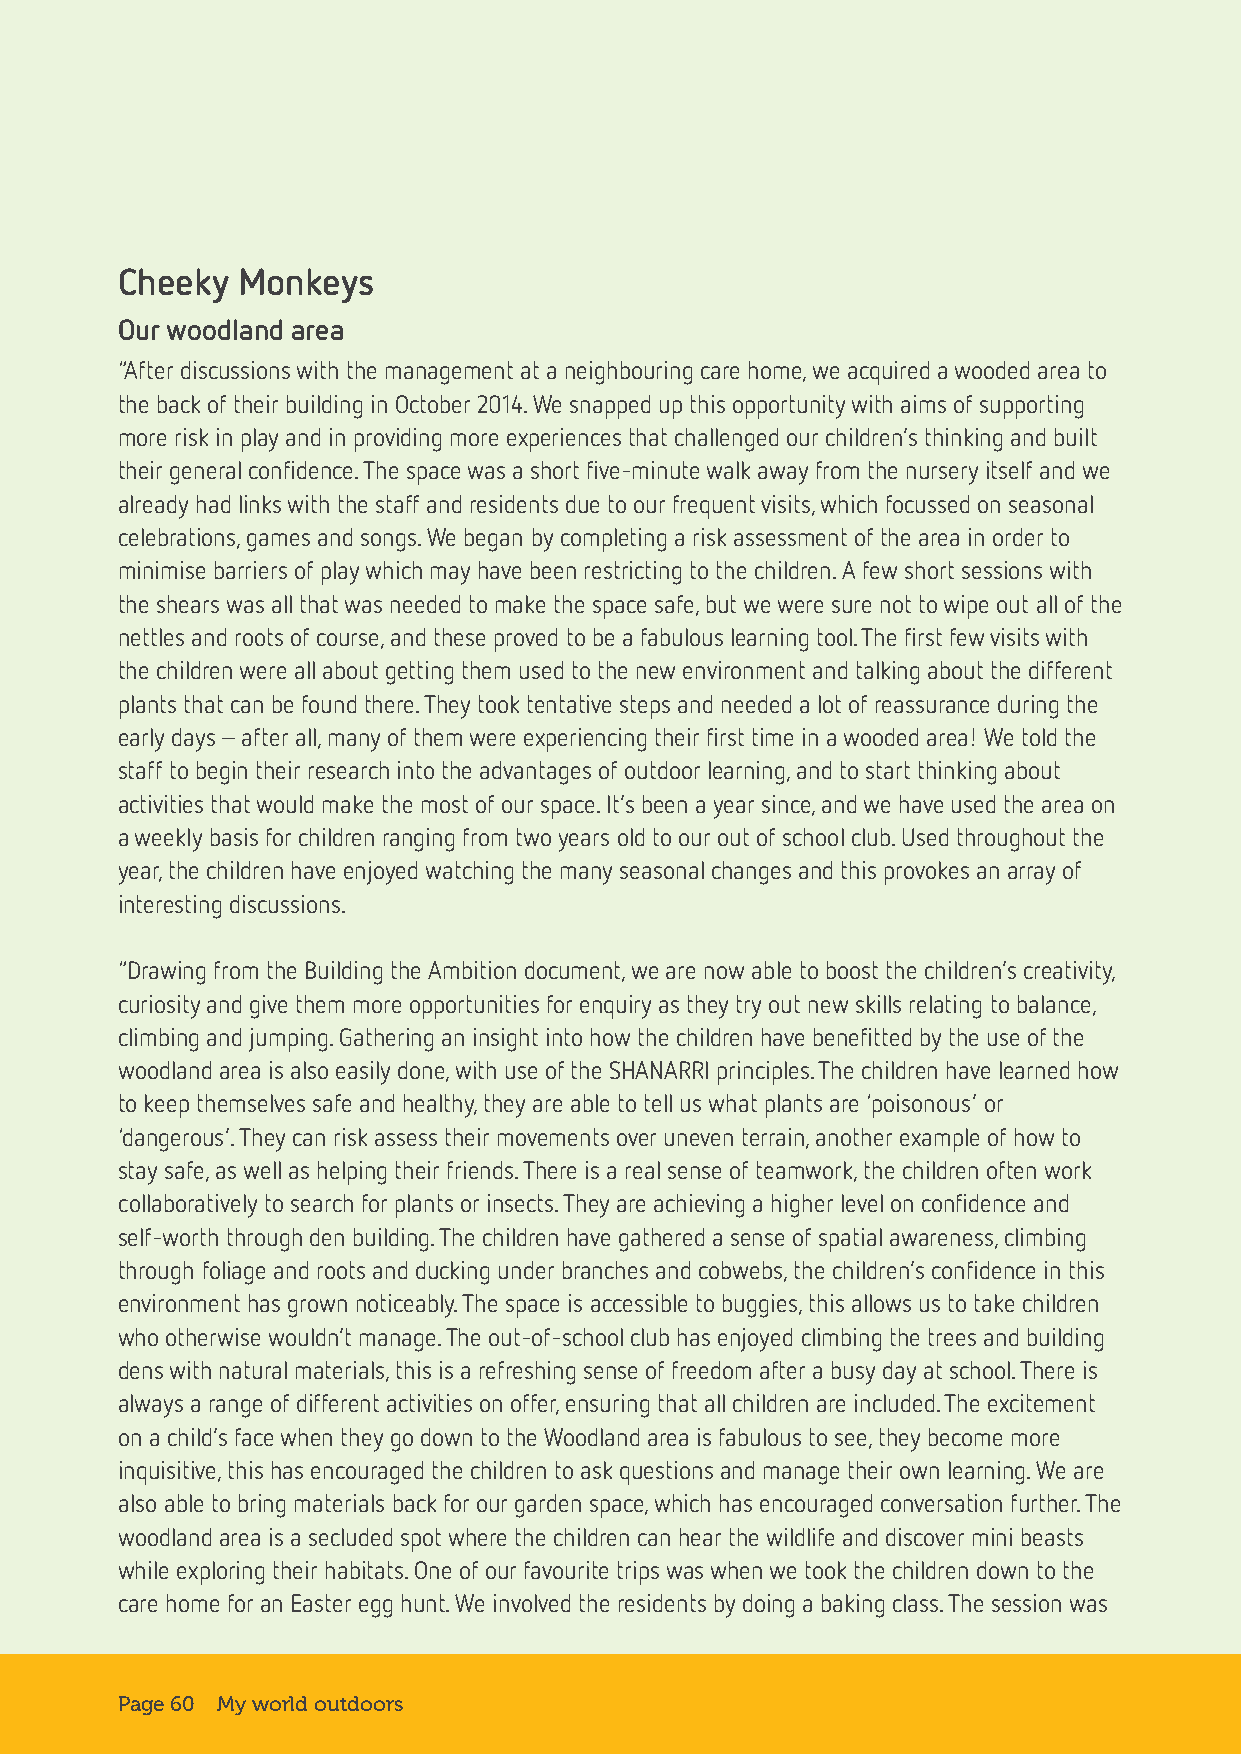
Cheeky  Monkeys
 Our woodland area
 “After discussions with the management at a neighbouring care home, we acquired a wooded area to
 the back of their building in October 2014. We snapped up this opportunity with aims of supporting
 more risk in play and in providing more experiences that challenged our children’s thinking and built
 their general confidence. The space was a short five-minute walk away from the nursery itself and we
 already had links with the staff and residents due to our frequent visits, which focussed on seasonal
 celebrations, games and songs. We began by completing a risk assessment of the area in order to
 minimise barriers of play which may have been restricting to the children. A few short sessions with
 the shears was all that was needed to make the space safe, but we were sure not to wipe out all of the
 nettles and roots of course, and these proved to be a fabulous learning tool. The first few visits with
 the children were all about getting them used to the new environment and talking about the different
 plants that can be found there. They took tentative steps and needed a lot of reassurance during the
 early days – after all, many of them were experiencing their first time in a wooded area! We told the
 staff to begin their research into the advantages of outdoor learning, and to start thinking about
 activities that would make the most of our space. It’s been a year since, and we have used the area on
 a weekly basis for children ranging from two years old to our out of school club. Used throughout the
 year, the children have enjoyed watching the many seasonal changes and this provokes an array of
 interesting discussions.
 “Drawing from the Building the Ambition document, we are now able to boost the children’s creativity,
 curiosity and give them more opportunities for enquiry as they try out new skills relating to balance,
 climbing and jumping. Gathering an insight into how the children have benefitted by the use of the
 woodland area is also easily done, with use of the SHANARRI principles. The children have learned how
 to keep themselves safe and healthy, they are able to tell us what plants are ‘poisonous’ or
 ‘dangerous’. They can risk assess their movements over uneven terrain, another example of how to
 stay safe, as well as helping their friends. There is a real sense of teamwork, the children often work
 collaboratively to search for plants or insects. They are achieving a higher level on confidence and
 self-worth through den building. The children have gathered a sense of spatial awareness, climbing
 through foliage and roots and ducking under branches and cobwebs, the children’s confidence in this
 environment has grown noticeably. The space is accessible to buggies, this allows us to take children
 who otherwise wouldn’t manage. The out-of-school club has enjoyed climbing the trees and building
 dens with natural materials, this is a refreshing sense of freedom after a busy day at school. There is
 always a range of different activities on offer, ensuring that all children are included. The excitement
 on a child’s face when they go down to the Woodland area is fabulous to see, they become more
 inquisitive, this has encouraged the children to ask questions and manage their own learning. We are
 also able to bring materials back for our garden space, which has encouraged conversation further. The
 woodland area is a secluded spot where the children can hear the wildlife and discover mini beasts
 while exploring their habitats. One of our favourite trips was when we took the children down to the
 care home for an Easter egg hunt. We involved the residents by doing a baking class. The session was
 Page 60 My world outdoors